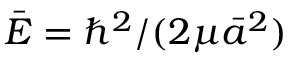
\bar { E } = \hbar ^ { 2 } / ( 2 \mu \bar { a } ^ { 2 } )